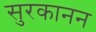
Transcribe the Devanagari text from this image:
सुरकानन